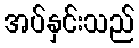
အပ်နှင်းသည်